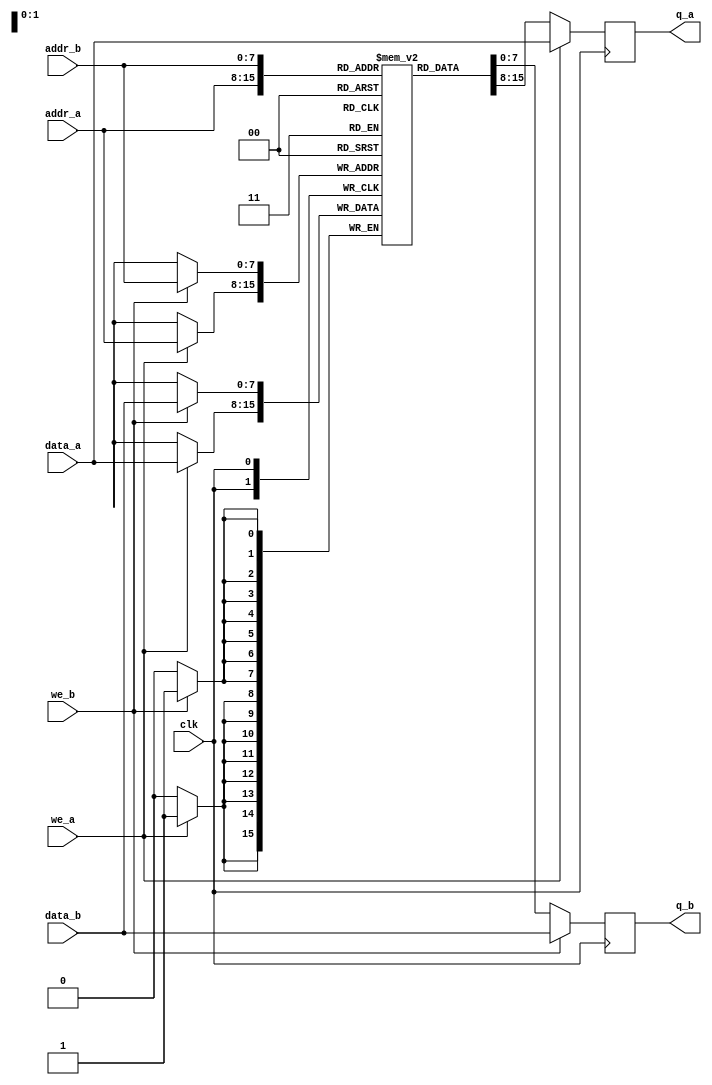
// Quartus II Verilog Template
// True Dual Port RAM with single clock

module true_dual_port_ram//_single_clock
#(parameter DATA_WIDTH=8, parameter ADDR_WIDTH=8)
(
	input [(DATA_WIDTH-1):0] data_a, data_b,
	input [(ADDR_WIDTH-1):0] addr_a, addr_b,
	input we_a, we_b, clk,
	output reg [(DATA_WIDTH-1):0] q_a, q_b
);

	// Declare the RAM variable
	reg [DATA_WIDTH-1:0] ram[2**ADDR_WIDTH-1:0];

	// Port A 
	always @ (posedge clk)
	begin
		if (we_a) 
		begin
			ram[addr_a] <= data_a;
			q_a <= data_a;
		end
		else 
		begin
			q_a <= ram[addr_a];
		end 
	end 

	// Port B 
	always @ (posedge clk)
	begin
		if (we_b) 
		begin
			ram[addr_b] <= data_b;
			q_b <= data_b;
		end
		else 
		begin
			q_b <= ram[addr_b];
		end 
	end

endmodule